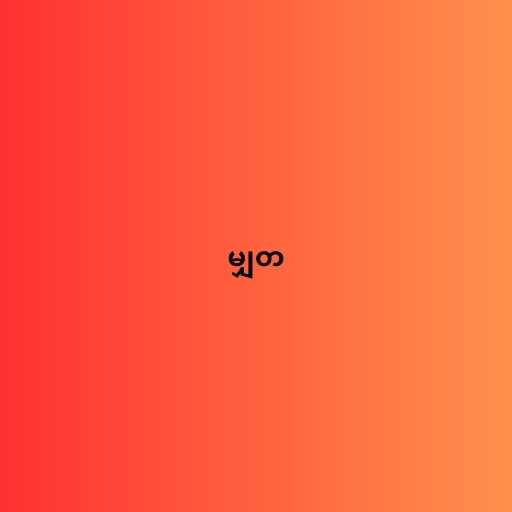
မျှတ